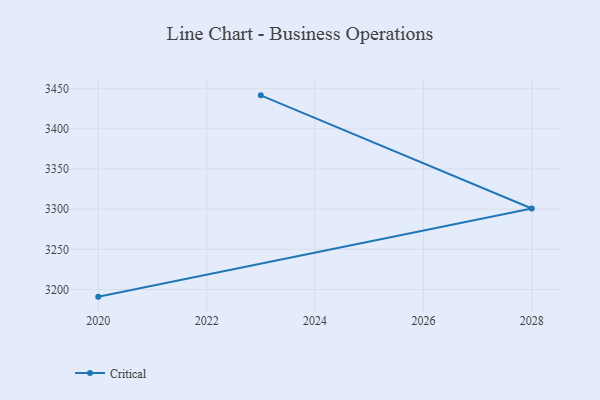
{"axis": {"x": "Year", "y": "Waste Production (Tons)"}, "legend": ["Critical"], "data": [{"x": "2023", "y": 3441.7, "type": "Critical"}, {"x": "2028", "y": 3300.8, "type": "Critical"}, {"x": "2020", "y": 3191.1, "type": "Critical"}]}